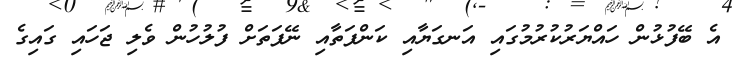
އެ ބޭފުޅުން ހައްޔަރުކުރުމުގައި އަނގަޔާއި ކަންފަތާއި ނޭފަތަށް ފުލުހުން ވެލި ޖަހައި ގައިގެ